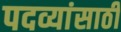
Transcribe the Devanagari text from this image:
पदव्यांसाठी